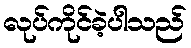
လုပ်ကိုင်ခဲ့ပါသည်